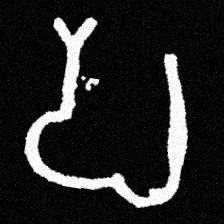
Pyu character \u2014 Myanmar letter: ပ (romanized: pa)